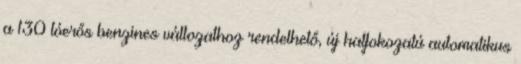
a 130 lóerős benzines változathoz rendelhető, új hatfokozatú automatikus